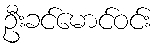
ဦးခင်မောင်ဝင်း